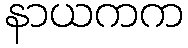
နာယကက